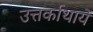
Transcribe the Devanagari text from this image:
उत्तर्काथायें